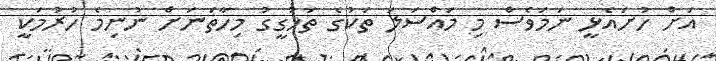
އަށް ހުށައެޅީ ނަމަވެސް މި މައްސަލަ ތަކުގެ ތަހުގީގު މިހާތަނަށް ނުނިމެ ހުރުމަކީ